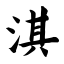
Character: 淇